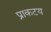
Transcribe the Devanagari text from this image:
प्राकटय